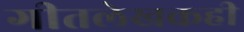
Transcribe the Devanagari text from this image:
गीतलेखकही